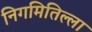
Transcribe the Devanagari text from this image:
निगमितिल्ला